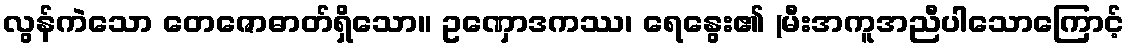
လွန်ကဲသော တေဇောဓာတ်ရှိသော။ ဥဏှောဒကဿ၊ ရေနွေး၏ (မီးအကူအညီပါသောကြောင့်